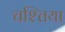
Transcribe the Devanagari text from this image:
चश्तिया